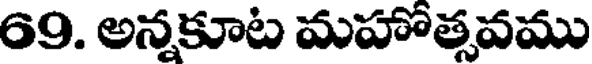
69. అన్నకూట మహోత్సవము